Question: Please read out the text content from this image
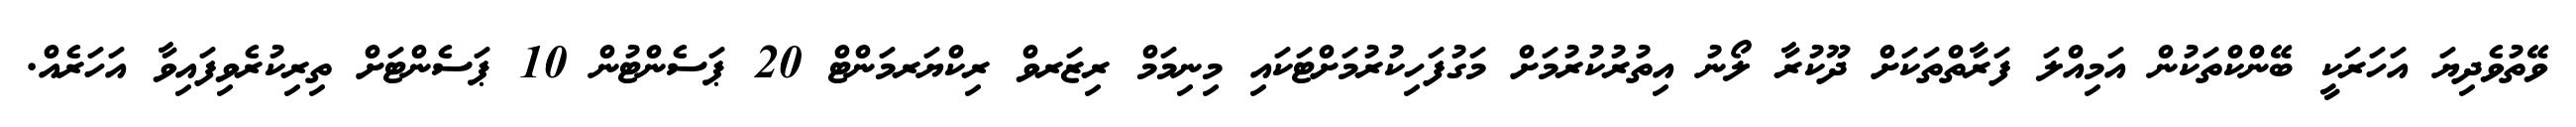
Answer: ވޭތުވެދިޔަ އަހަރަކީ ބޭންކްތަކުން އަމިއްލަ ފަރާތްތަކަށް ދޫކުރާ ލޯނު އިތުރުކުރުމަށް މަގުފަހިކުރުމަށްޓަކައި މިނިމަމް ރިޒަރވް ރިކްޔަރމަންޓް 20 ޕަސެންޓުން 10 ޕަސެންޓަށް ތިރިކުރެވިފައިވާ އަހަރެއް.